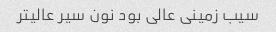
سیب زمینی عالی بود نون سیر عالیتر